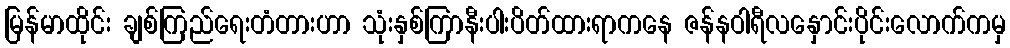
မြန်မာထိုင်း ချစ်ကြည်ရေးတံတားဟာ သုံးနှစ်ကြာနီးပါးပိတ်ထားရာကနေ ဇန်နဝါရီလနှောင်းပိုင်းလောက်ကမှ